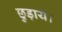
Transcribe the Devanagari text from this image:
छुड़ाये।